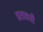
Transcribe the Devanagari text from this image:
व्रतावधी